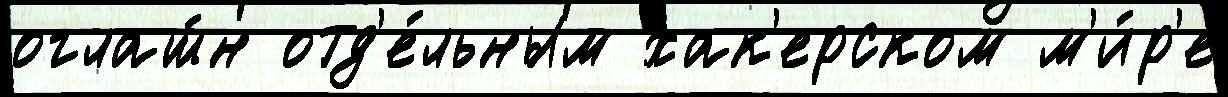
оглаш́н отд'е́льным хак'ерском м'и́р'е